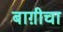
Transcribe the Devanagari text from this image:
बाग़ीचा